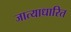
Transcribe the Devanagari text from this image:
जात्याधारित